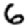
Digit: 6